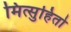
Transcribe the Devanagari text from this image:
मित्सुहितो